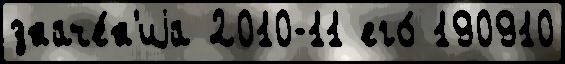
значе́н'иjа 2010-11 его́ 190910